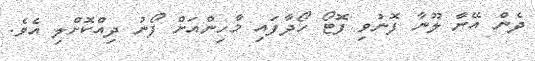
ދެން އޭނާ ލޫނާ ފޮނުވި ފޮޓޯ ހޯދާފައި މާހިންއަށް ފޯނު ދިއްކޮށްލި އެވެ.